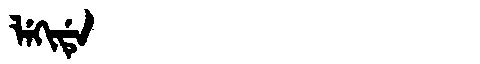
Manchu: ᠯᡝᡴᡳᡩᡝ
Romanization: LEKIDE